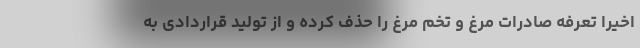
اخیرا تعرفه صادرات مرغ و تخم مرغ را حذف کرده و از تولید قراردادی به